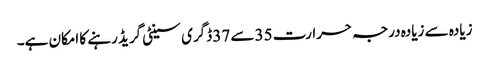
زیادہ سے زیادہ درجہ حرارت 35 سے 37 ڈگری سینٹی گریڈ رہنے کا امکان ہے۔